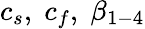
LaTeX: c_{s},\; c_{f},\; \beta_{1-4}